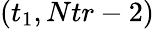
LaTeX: (t_{1},Ntr-2)